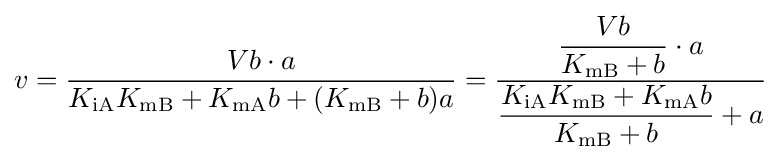
v={\frac {Vb\cdot a}{K_{\mathrm {iA} }K_{\mathrm {mB} }+K_{\mathrm {mA} }b+(K_{\mathrm {mB} }+b)a}}={\dfrac {{\dfrac {Vb}{K_{\mathrm {mB} }+b}}\cdot a}{{\dfrac {K_{\mathrm {iA} }K_{\mathrm {mB} }+K_{\mathrm {mA} }b}{K_{\mathrm {mB} }+b}}+a}}